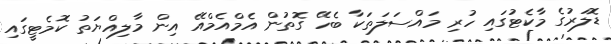
ޑޮލަރުގެ މާކެޓުގައި ހުރި މައްސަލަތަކާ ބެހޭ ގޮތުން އެމްއެމްއޭ އިން މާލިއްޔަތު ކޮމެޓީގައި